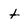
Character: t